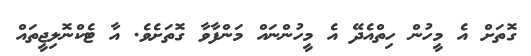
ގޮތަށް އެ މީހުން ހިތްއެދޭ އެ މީހުންނައް މަންފާވާ ގޮތަށެވެ. އާ ޓެކްނޮލިޖީތައް